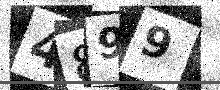
Text: 4899